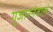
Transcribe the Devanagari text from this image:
गुजारनेवाले